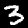
Label: 3